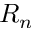
R _ { n }